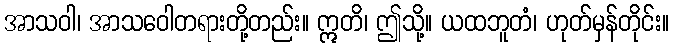
အာသဝါ၊ အာသဝေါတရားတို့တည်း။ ဣတိ၊ ဤသို့။ ယထဘူတံ၊ ဟုတ်မှန်တိုင်း။